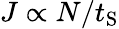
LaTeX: J\propto N/t_{\mathrm{S}}